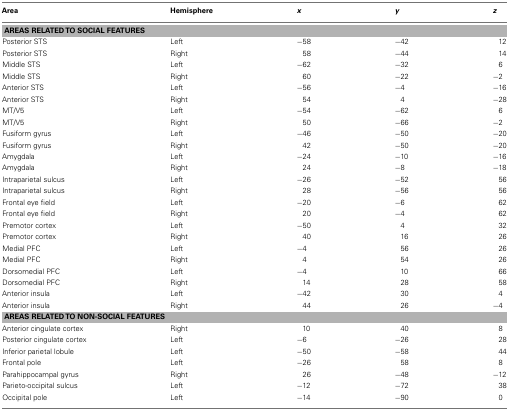
<table><thead><tr><td><b>Area</b></td><td><b>Hemisphere</b></td><td><b><i>x</i></b></td><td><b><i>y</i></b></td><td><b><i>z</i></b></td></tr></thead><tbody><tr><td colspan="5"><b>AREAS RELATED TO SOCIAL FEATURES</b></td></tr><tr><td>Posterior STS</td><td>Left</td><td>−58</td><td>−42</td><td>12</td></tr><tr><td>Posterior STS</td><td>Right</td><td>58</td><td>−44</td><td>14</td></tr><tr><td>Middle STS</td><td>Left</td><td>−62</td><td>−32</td><td>6</td></tr><tr><td>Middle STS</td><td>Right</td><td>60</td><td>−22</td><td>−2</td></tr><tr><td>Anterior STS</td><td>Left</td><td>−56</td><td>−4</td><td>−16</td></tr><tr><td>Anterior STS</td><td>Right</td><td>54</td><td>4</td><td>−28</td></tr><tr><td>MT/V5</td><td>Left</td><td>−54</td><td>−62</td><td>6</td></tr><tr><td>MT/V5</td><td>Right</td><td>50</td><td>−66</td><td>−2</td></tr><tr><td>Fusiform gyrus</td><td>Left</td><td>−46</td><td>−50</td><td>−20</td></tr><tr><td>Fusiform gyrus</td><td>Right</td><td>42</td><td>−50</td><td>−20</td></tr><tr><td>Amygdala</td><td>Left</td><td>−24</td><td>−10</td><td>−16</td></tr><tr><td>Amygdala</td><td>Right</td><td>24</td><td>−8</td><td>−18</td></tr><tr><td>Intraparietal sulcus</td><td>Left</td><td>−26</td><td>−52</td><td>56</td></tr><tr><td>Intraparietal sulcus</td><td>Right</td><td>28</td><td>−56</td><td>56</td></tr><tr><td>Frontal eye field</td><td>Left</td><td>−20</td><td>−6</td><td>62</td></tr><tr><td>Frontal eye field</td><td>Right</td><td>20</td><td>−4</td><td>62</td></tr><tr><td>Premotor cortex</td><td>Left</td><td>−50</td><td>4</td><td>32</td></tr><tr><td>Premotor cortex</td><td>Right</td><td>40</td><td>16</td><td>26</td></tr><tr><td>Medial PFC</td><td>Left</td><td>−4</td><td>56</td><td>26</td></tr><tr><td>Medial PFC</td><td>Right</td><td>4</td><td>54</td><td>26</td></tr><tr><td>Dorsomedial PFC</td><td>Left</td><td>−4</td><td>10</td><td>66</td></tr><tr><td>Dorsomedial PFC</td><td>Right</td><td>14</td><td>28</td><td>58</td></tr><tr><td>Anterior insula</td><td>Left</td><td>−42</td><td>30</td><td>4</td></tr><tr><td>Anterior insula</td><td>Right</td><td>44</td><td>26</td><td>−4</td></tr><tr><td colspan="5"><b>AREAS RELATED TO NON-SOCIAL FEATURES</b></td></tr><tr><td>Anterior cingulate cortex</td><td>Right</td><td>10</td><td>40</td><td>8</td></tr><tr><td>Posterior cingulate cortex</td><td>Left</td><td>−6</td><td>−26</td><td>28</td></tr><tr><td>Inferior parietal lobule</td><td>Left</td><td>−50</td><td>−58</td><td>44</td></tr><tr><td>Frontal pole</td><td>Left</td><td>−26</td><td>58</td><td>8</td></tr><tr><td>Parahippocampal gyrus</td><td>Right</td><td>26</td><td>−48</td><td>−12</td></tr><tr><td>Parieto-occipital sulcus</td><td>Left</td><td>−12</td><td>−72</td><td>38</td></tr><tr><td>Occipital pole</td><td>Left</td><td>−14</td><td>−90</td><td>0</td></tr></tbody></table>